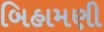
બિહામણી